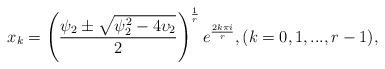
LaTeX: \begin{align*}x_{k}=\left( \frac{\psi _{2}\pm \sqrt{\psi _{2}^{2}-4\upsilon _{2}}}{2}\right) ^{\frac{1}{r}}e^{\frac{2k\pi i}{r}},(k=0,1,...,r-1), \end{align*}